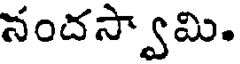
నందస్వామి.